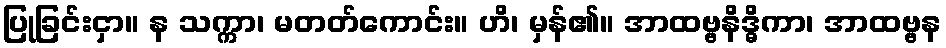
ပြုခြင်းငှာ။ န သက္ကာ၊ မတတ်ကောင်း။ ဟိ၊ မှန်၏။ အာထဗ္ဗနိဒ္ဓိကာ၊ အာထဗ္ဗန